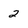
Character: 2